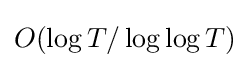
O(\log {T}/\log {\log {T}})